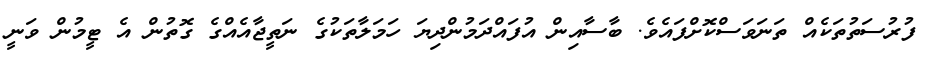
ފުރުސަތުތަކެއް ތަނަވަސްކޮށްފައެވެ. ބާސާއިން އުފައްދަމުންދިޔަ ހަމަލާތަކުގެ ނަތީޖާއެއްގެ ގޮތުން އެ ޓީމުން ވަނީ